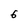
Character: 6